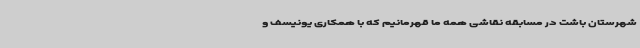
شهرستان باشت در مسابقه نقاشی همه ما قهرمانیم که با همکاری یونیسف و